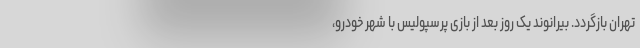
تهران بازگردد. بیرانوند یک روز بعد از بازی پرسپولیس با شهر خودرو،